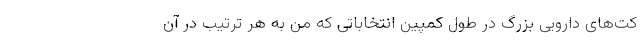
کت‌های دارویی بزرگ در طول کمپین انتخاباتی که من به هر ترتیب در آن